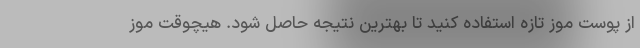
از پوست موز تازه استفاده کنید تا بهترین نتیجه حاصل شود. هیچوقت موز